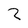
Character: Z